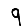
Digit: 9